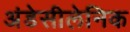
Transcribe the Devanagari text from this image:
अंडेसीलेनिक